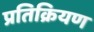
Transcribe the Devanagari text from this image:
प्रतिक्रियण